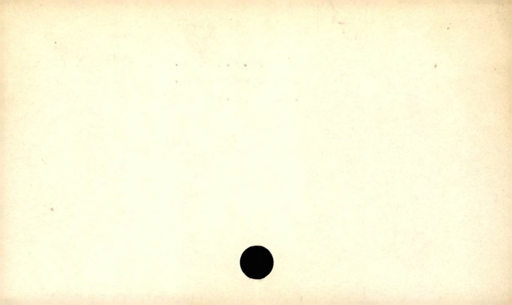
Label: blank